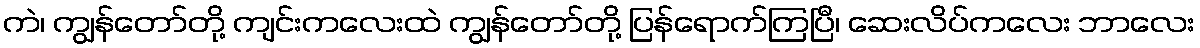
ကဲ၊ ကျွန်တော်တို့ ကျင်းကလေးထဲ ကျွန်တော်တို့ ပြန်ရောက်ကြပြီ၊ ဆေးလိပ်ကလေး ဘာလေး